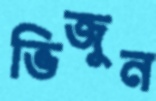
ভিজুন